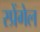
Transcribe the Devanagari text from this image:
स्प्रेंगेल